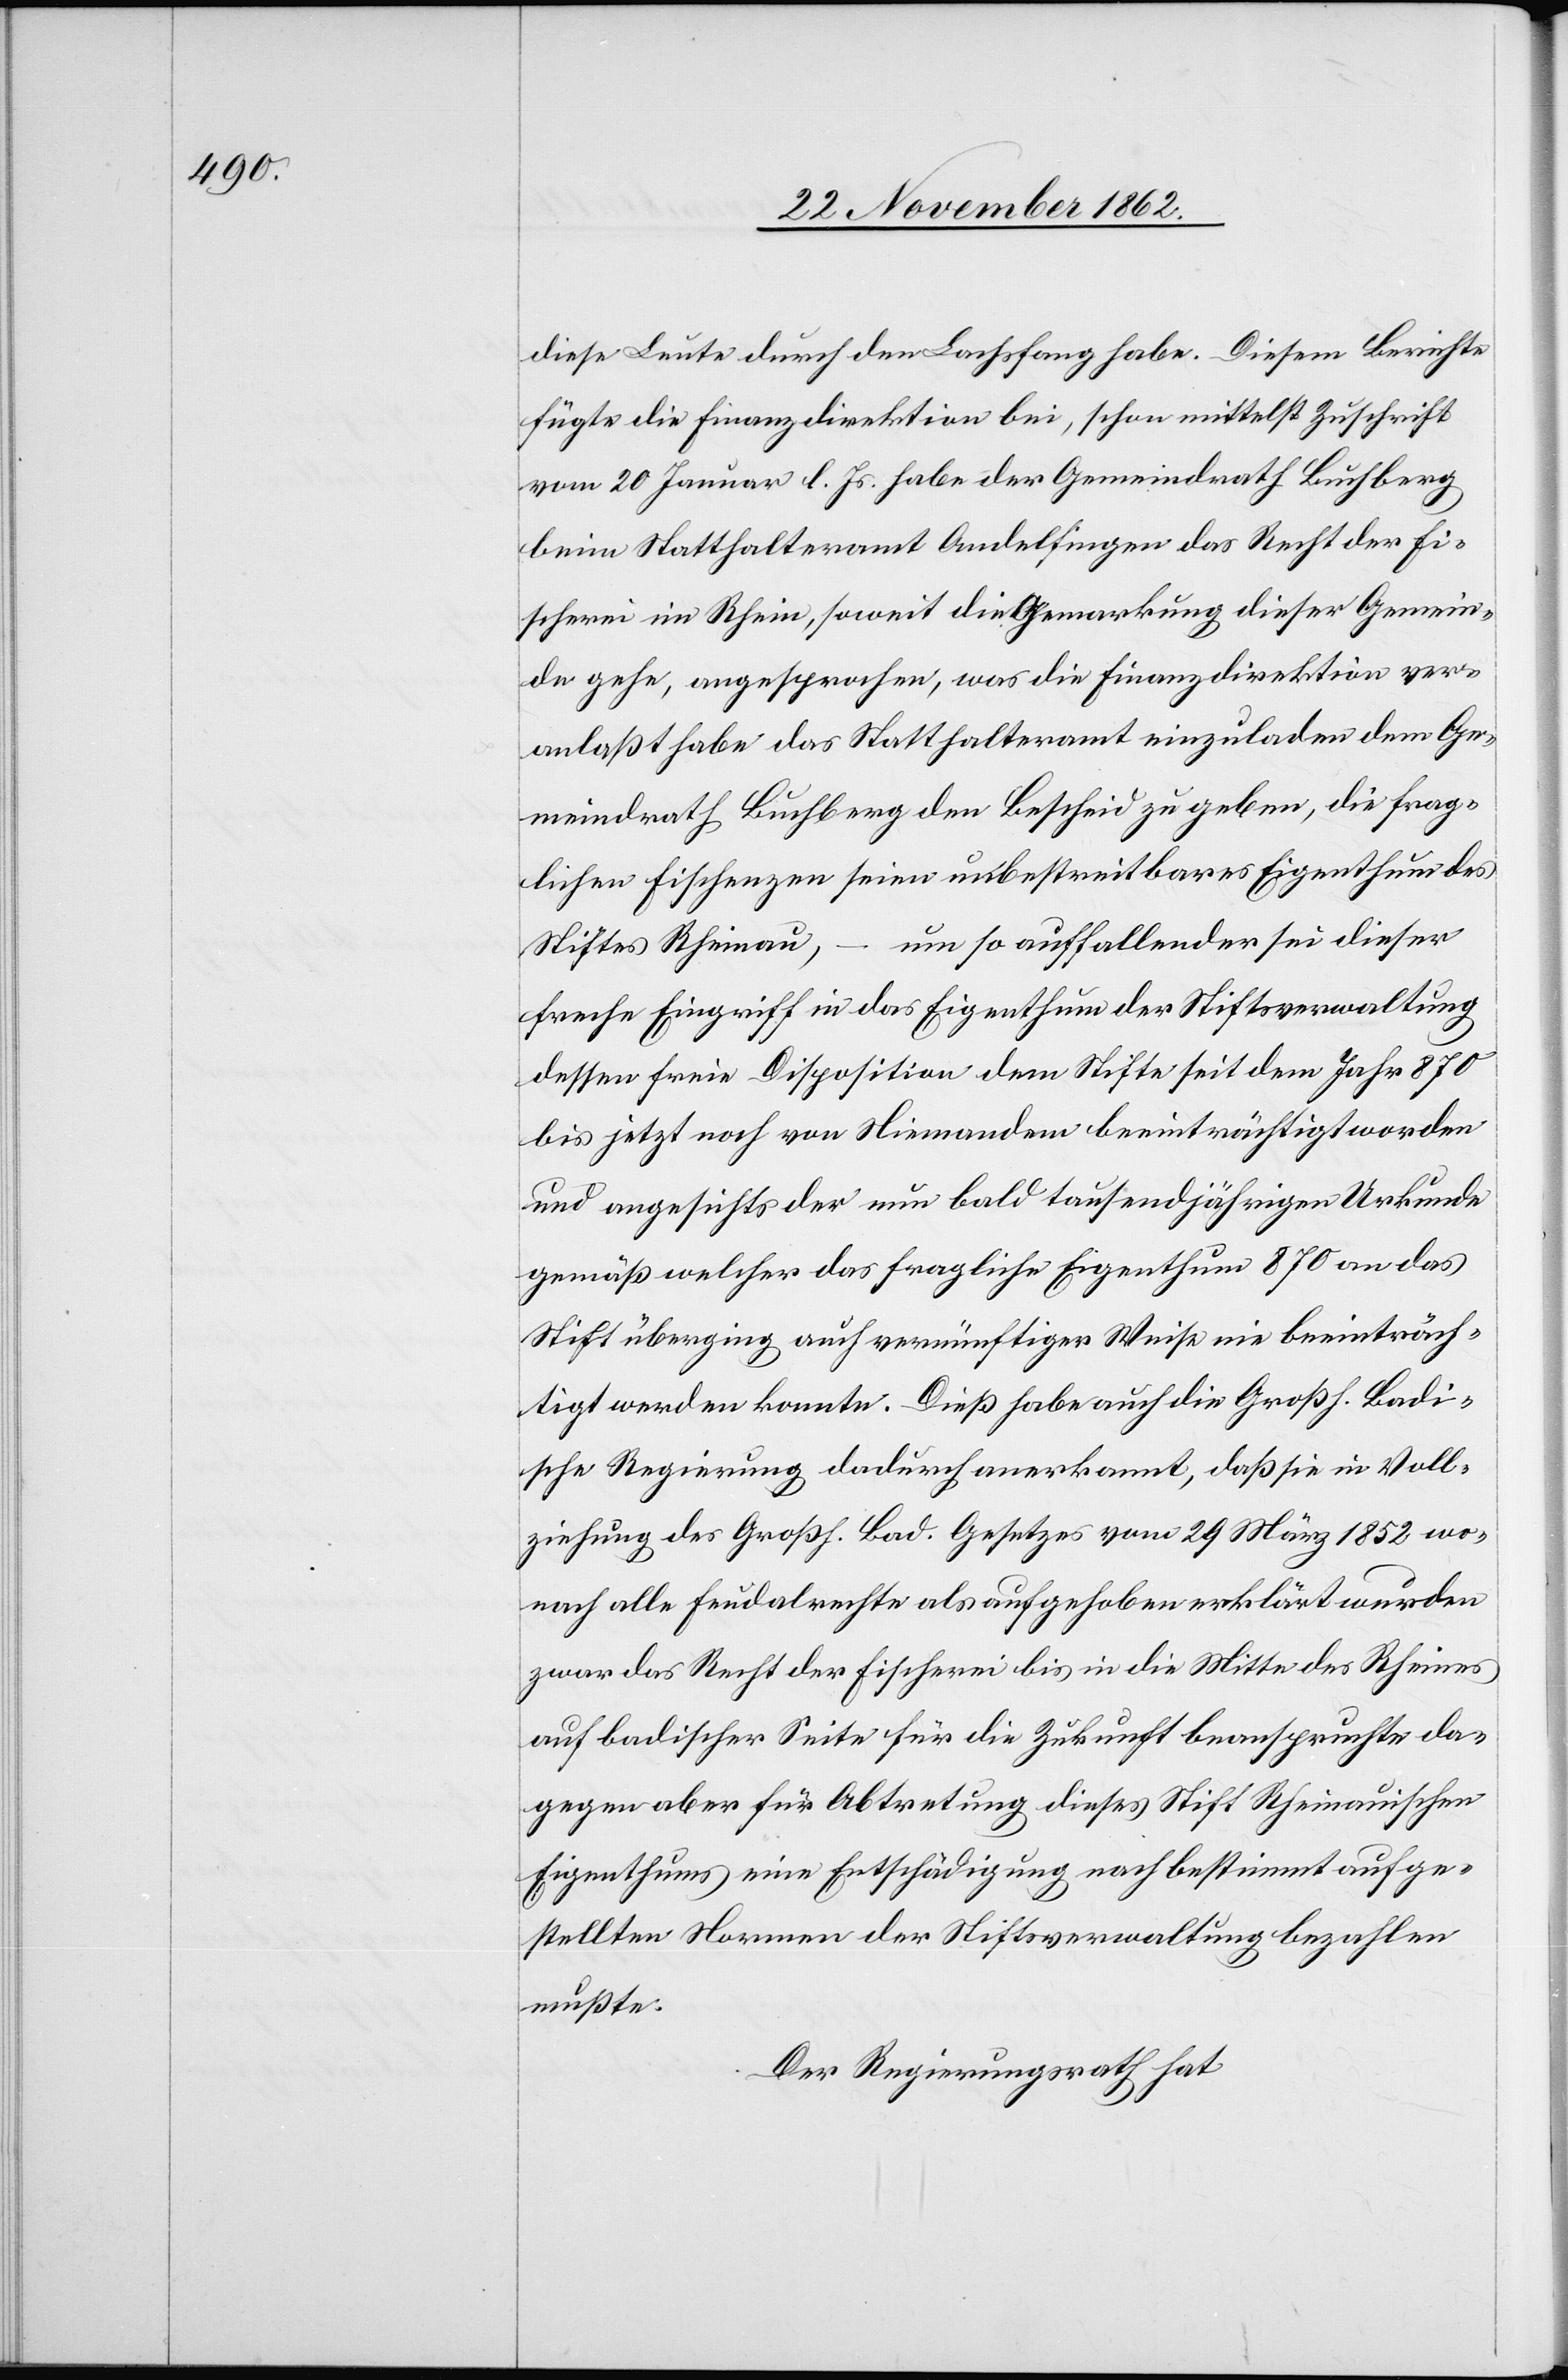
diese Leute durch den Lachsfang habe. Diesem Berichte
fügte die Finanzdirektion bei, schon mittelst Zuschrift
vom 20. Januar l. Js. habe der Gemeindrath Buchberg
beim Statthalteramt Andelfingen das Recht der Fi¬
scherei im Rhein, soweit die Gemarkung dieser Gemein¬
de gehe, angesprochen, was die Finanzdirektion ver¬
anlaßt habe das Statthalteramt einzuladen dem Ge¬
meindrath Buchberg den Bescheid zu geben, die frag¬
lichen Fischenzen seien unbestreitbares Eigenthum des
um so auffallender sei dieser
Stiftes Rheinau,
freche Eingriff in das Eigenthum der Stiftsverwaltung
dessen freie Disposition dem Stifte seit dem Jahr 870
bis jetzt noch von Niemandem beeinträchtigt worden
und angesichts der bald tausendjährigen Urkunde
gemäß welcher das fragliche Eigenthum 870 an das
Stift überging auch vernünftiger Weise nie beeinträch¬
tigt werden konnte. Dieß habe auch die Großh. Badi¬
sche Regierung dadurch anerkannt, daß sie in Voll¬
ziehung des Großh. Bad. Gesetzes vom 29. März 1852 wo¬
nach alle Feudalrechte als aufgehoben erklärt wurden
zwar das Recht der Fischerei bis in die Mitte des Rheines
auf badischer Seite für die Zukunft beanspruchte da¬
gegen aber für Abtretung dieses Stift Rheinauischen
Eigenthums eine Entschädigung nach bestimmt aufge¬
stellten Normen der Stiftsverwaltung bezahlen
mußte.
Der Regierungsrath hat